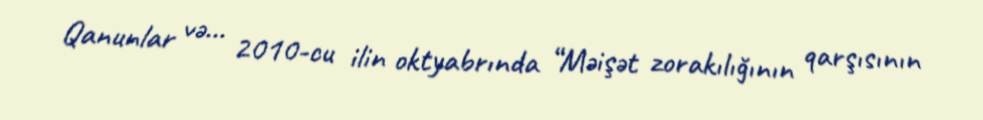
Qanunlar və... 2010-cu ilin oktyabrında “Məişət zorakılığının qarşısının